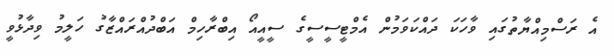
އެ ރަސްމިއްޔާތުގައި ވާހަކަ ދައްކަވަމުން އެމްޓީސީސީގެ ސީއީއޯ އިބްރާހިމް އަބްދުއްރައްޒާގު ހަލީމު ވިދާޅުވީ